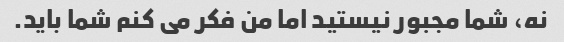
نه، شما مجبور نیستید اما من فکر می کنم شما باید.